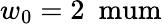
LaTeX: w_{0}=2\ \mathrm{\ mum}